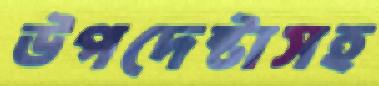
উপদেষ্টাসহ